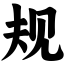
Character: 规